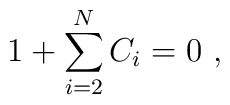
1+\sum_{i=2}^{N}C_i=0\ ,